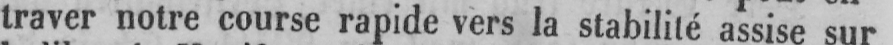
traver notre course rapide vers la stabilité assise sur